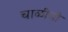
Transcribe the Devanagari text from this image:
चाळींची